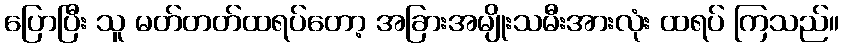
ပြောပြီး သူ မတ်တတ်ထရပ်တော့ အခြားအမျိုးသမီးအားလုံး ထရပ် ကြသည်။